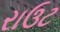
રાઉટ